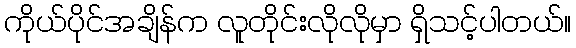
ကိုယ်ပိုင်အချိန်က လူတိုင်းလိုလိုမှာ ရှိသင့်ပါတယ်။